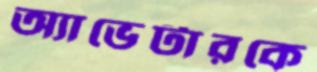
অ্যাভেটারকে